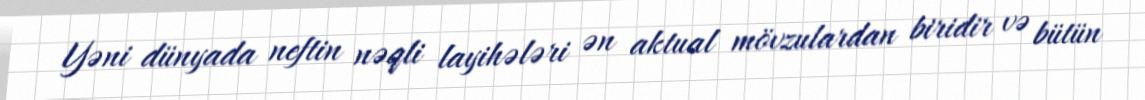
Yəni dünyada neftin nəqli layihələri ən aktual mövzulardan biridir və bütün